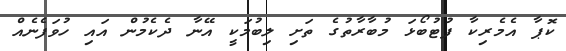
ކޮޕާ އެމެރިކާ ފުޓުބޯޅަ މުބާރާތުގެ ތަށި ލިބުމަކީ އޭނާ ދެކެމުން އައި ހުވަފެނެއް